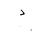
Letter: _dal